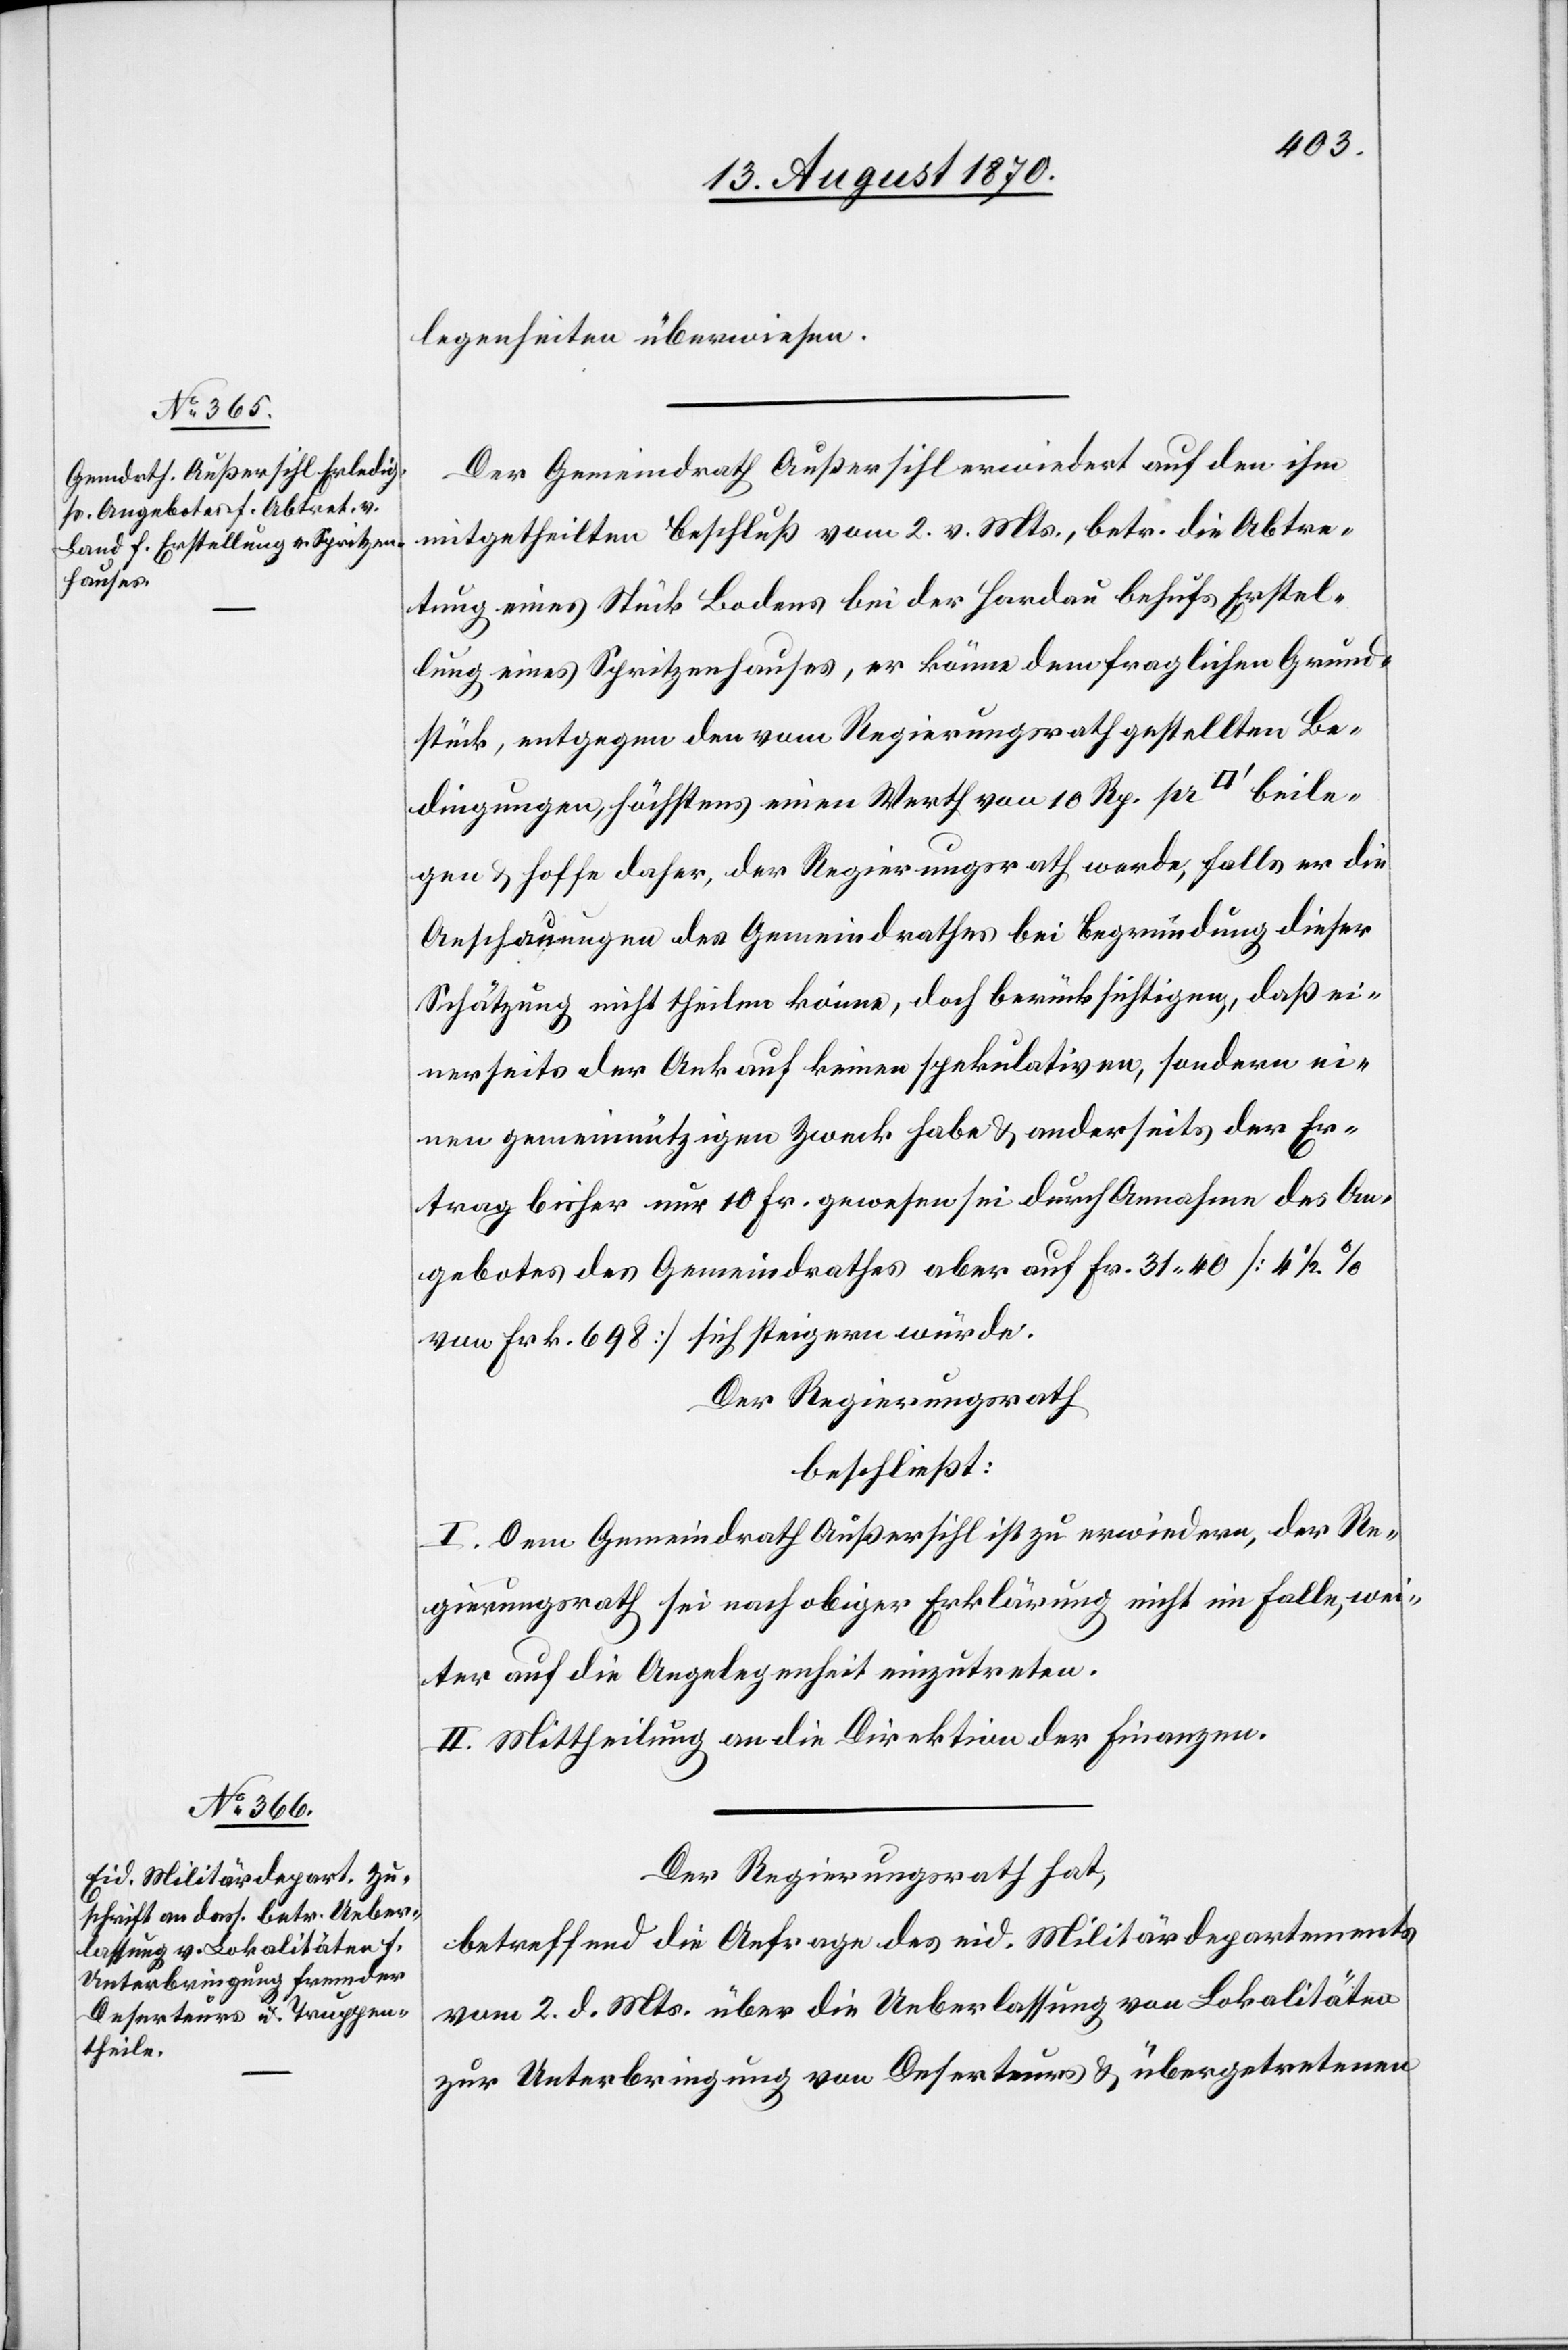
legenheiten überwiesen.
Der Gemeindrath Außersihl erwiedert auf den ihm
mitgetheilten Beschluß vom 2. v. Mts., betr. die Abtre¬
tung eines Stück Bodens bei der Hardau behufs Erstel¬
lung eines Spritzenhauses, er könne dem fraglichen Grund¬
stück, entgegen den vom Regierungsrath gestellten Be¬
dingungen, höchstens einen Werth von 10 Rp. pr [Quadratfuß] beile¬
gen & hoffe daher, der Regierungsrath werde, falls er die
Anschauungen des Gemeindrathes bei Begründung dieser
Schätzung nicht theilen könne, doch berücksichtigen, daß ei¬
nerseits der Ankauf keinen spekulativen, sondern ei¬
nen gemeinnützigen Zweck habe & anderseits der Er¬
trag bisher nur 10 Fr. gewesen sei[,] durch Annahme des An¬
gebotes des Gemeindrathes aber auf Fr. 31.40 [4 1/2%
von Frk. 698] sich steigern würde.
Der Regierungsrath
beschließt:
I. Dem Gemeindrath Außersihl ist zu erwiedern, der Re¬
gierungsrath sei nach obiger Erklärung nicht im Falle, wei¬
ter auf die Angelegenheit einzutreten.
II. Mittheilung an die Direktion der Finanzen.
Der Regierungsrath hat,
betreffend die Anfrage des eid. Militärdepartements
vom 2. d. Mts. über die Ueberlassung von Lokalitäten
zur Unterbringung von Deserteurs & übergetretenen